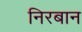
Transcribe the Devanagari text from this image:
निरबान